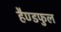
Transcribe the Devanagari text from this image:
हैण्डफुल